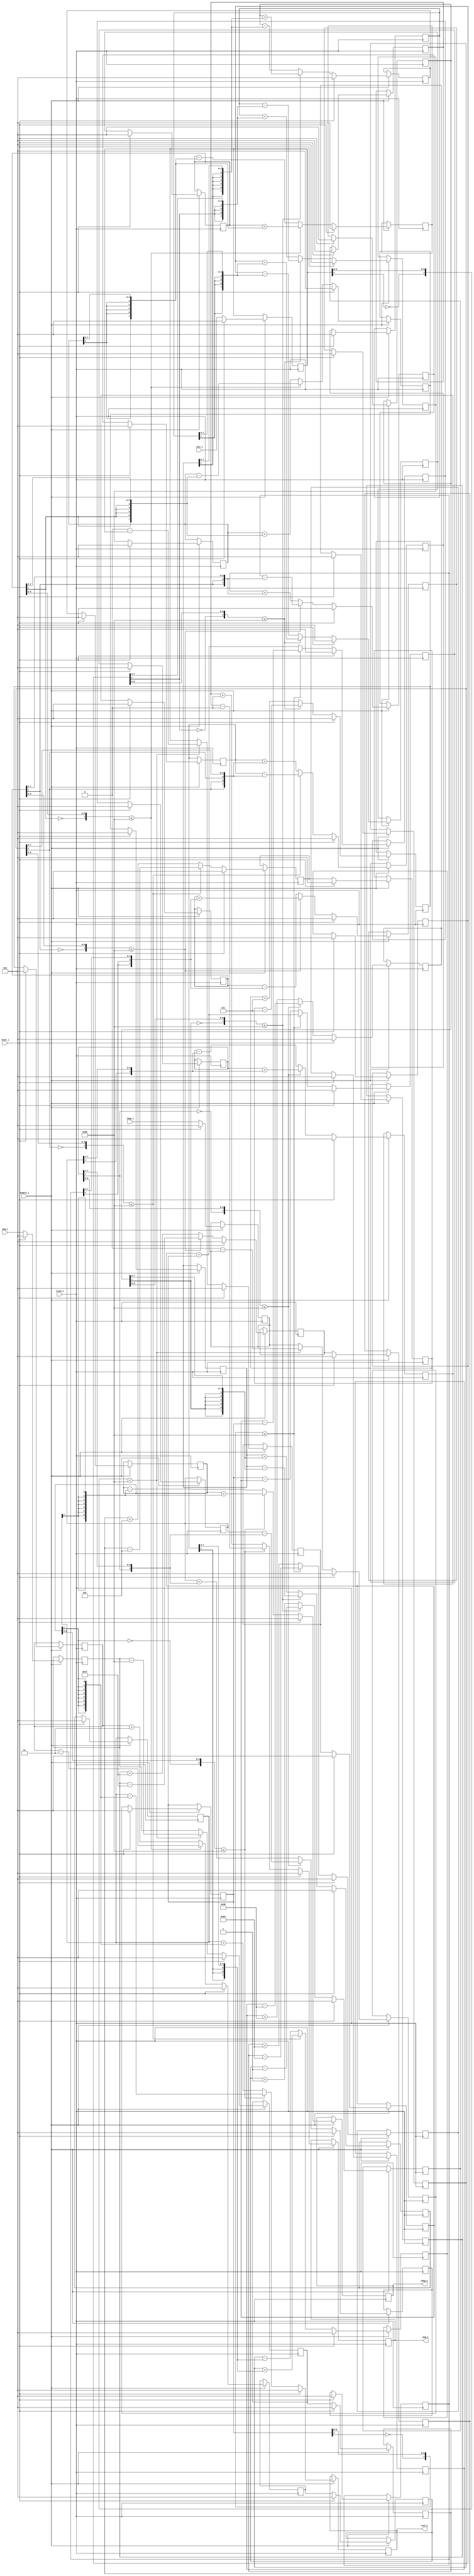
// This program was cloned from: https://github.com/haojunliu/OpenFPGA
// License: BSD 2-Clause "Simplified" License

//
//  Copyright (c) 2003 Launchbird Design Systems, Inc.
//  All rights reserved.
//  
//  Redistribution and use in source and binary forms, with or without modification, are permitted provided that the following conditions are met:
//    Redistributions of source code must retain the above copyright notice, this list of conditions and the following disclaimer.
//    Redistributions in binary form must reproduce the above copyright notice, this list of conditions and the following disclaimer in the documentation and/or other materials provided with the distribution.
//  
//  THIS SOFTWARE IS PROVIDED BY THE COPYRIGHT HOLDERS AND CONTRIBUTORS "AS IS" AND ANY EXPRESS OR IMPLIED WARRANTIES,
//  INCLUDING, BUT NOT LIMITED TO, THE IMPLIED WARRANTIES OF MERCHANTABILITY AND FITNESS FOR A PARTICULAR PURPOSE ARE DISCLAIMED.
//  IN NO EVENT SHALL THE COPYRIGHT OWNER OR CONTRIBUTORS BE LIABLE FOR ANY DIRECT, INDIRECT, INCIDENTAL, SPECIAL, EXEMPLARY,
//  OR CONSEQUENTIAL DAMAGES (INCLUDING, BUT NOT LIMITED TO, PROCUREMENT OF SUBSTITUTE GOODS OR SERVICES; LOSS OF USE, DATA, OR PROFITS;
//  OR BUSINESS INTERRUPTION) HOWEVER CAUSED AND ON ANY THEORY OF LIABILITY, WHETHER IN CONTRACT, STRICT LIABILITY, OR TORT
//  (INCLUDING NEGLIGENCE OR OTHERWISE) ARISING IN ANY WAY OUT OF THE USE OF THIS SOFTWARE, EVEN IF ADVISED OF THE POSSIBILITY OF SUCH DAMAGE.
//  
//  
//  Overview:
//  
//    Cordics (COordinate Rotation DIgital Computers) are used to calculate
//    trigonometric functions and complex plane phase rotations.
//    This vector mode cordic rotates any complex vector to the positive real axis.
//    The resulting angle is the initial angle plus the angle of rotation.
//  
//  Interface:
//  
//    Synchronization:
//      clock_c  : Clock input.
//      enable_i : Synchronous enable.
//      reset_i  : Synchronous reset.
//  
//    Inputs:
//      real_i   : Initial real component (signed).
//      imag_i   : Initial imaginary component (signed).
//      angle_i  : Initial angle (modulo 2PI).
//  
//    Outputs:
//      real_o   : Resulting real component (signed).
//      imag_o   : Resulting imaginary component (signed).
//      angle_o  : Resulting angle (modulo 2PI).
//  
//  Built In Parameters:
//  
//    Cordic Mode    = Vector
//    Vector Width   = 8
//    Angle Width    = 8
//    Cordic Stages  = 8
//  
//  Resulting Pipeline Latency is 10 clock cycles.
//  
//  
//  
//  Generated by Confluence 0.3.0  --  Launchbird Design Systems, Inc.  --  www.launchbird.com
//  
//  Interface
//  
//    Build Name    : cf_cordic_v_8_8_8
//    Clock Domains : clock_c  
//    Input  : enable_i(1)
//    Input  : reset_i(1)
//    Input  : real_i(8)
//    Input  : imag_i(8)
//    Input  : ang_i(8)
//    Output : real_o(8)
//    Output : imag_o(8)
//    Output : ang_o(8)
//  
//  
//  

module cf_cordic_v_8_8_8 (clock_c, enable_i, reset_i, real_i, imag_i, ang_i, real_o, imag_o, ang_o);
input  clock_c;
input  enable_i;
input  reset_i;
input  [7:0] real_i;
input  [7:0] imag_i;
input  [7:0] ang_i;
output [7:0] real_o;
output [7:0] imag_o;
output [7:0] ang_o;
wire   [7:0] n6;
wire   n8;
wire   n21;
wire   [1:0] n22;
wire   [2:0] n23;
wire   [3:0] n24;
wire   [4:0] n25;
wire   [5:0] n26;
wire   [6:0] n27;
wire   [7:0] n28;
wire   n29;
wire   n30;
wire   [6:0] n31;
wire   [7:0] n32;
wire   n33;
wire   n34;
wire   [6:0] n35;
wire   [7:0] n36;
wire   n37;
wire   [7:0] n38;
wire   [7:0] n39;
wire   n40;
wire   n41;
wire   [1:0] n42;
wire   [2:0] n43;
wire   [3:0] n44;
wire   [4:0] n45;
wire   [5:0] n46;
wire   [6:0] n47;
wire   [7:0] n48;
wire   [7:0] n49;
wire   [7:0] n50;
wire   [7:0] n55;
wire   [7:0] n60;
wire   n77;
wire   [1:0] n78;
wire   [2:0] n79;
wire   [3:0] n80;
wire   [4:0] n81;
wire   [5:0] n82;
wire   [6:0] n83;
wire   [7:0] n84;
wire   n85;
wire   n86;
wire   [6:0] n87;
wire   [7:0] n88;
wire   n89;
wire   n90;
wire   [6:0] n91;
wire   [7:0] n92;
wire   n93;
wire   n94;
wire   [7:0] n96;
wire   [7:0] n97;
wire   [7:0] n98;
wire   [7:0] n99;
wire   [7:0] n100;
wire   n105;
wire   [7:0] n107;
wire   [7:0] n108;
wire   [7:0] n109;
wire   [7:0] n110;
wire   [7:0] n111;
wire   [7:0] n116;
wire   [7:0] n117;
wire   [7:0] n118;
wire   [7:0] n119;
wire   n136;
wire   [1:0] n137;
wire   [2:0] n138;
wire   [3:0] n139;
wire   [4:0] n140;
wire   [5:0] n141;
wire   [6:0] n142;
wire   [7:0] n143;
wire   n144;
wire   n145;
wire   [6:0] n146;
wire   [7:0] n147;
wire   n148;
wire   n149;
wire   [6:0] n150;
wire   [7:0] n151;
wire   n152;
wire   n153;
wire   n154;
wire   n155;
wire   [6:0] n156;
wire   [7:0] n157;
wire   [7:0] n158;
wire   [7:0] n159;
wire   [7:0] n160;
wire   n165;
wire   n166;
wire   n167;
wire   [6:0] n168;
wire   [7:0] n169;
wire   [7:0] n170;
wire   [7:0] n171;
wire   [7:0] n172;
wire   [7:0] n177;
wire   [7:0] n178;
wire   [7:0] n179;
wire   [7:0] n180;
wire   n197;
wire   [1:0] n198;
wire   [2:0] n199;
wire   [3:0] n200;
wire   [4:0] n201;
wire   [5:0] n202;
wire   [6:0] n203;
wire   [7:0] n204;
wire   n205;
wire   n206;
wire   [6:0] n207;
wire   [7:0] n208;
wire   n209;
wire   n210;
wire   [6:0] n211;
wire   [7:0] n212;
wire   n213;
wire   n214;
wire   n215;
wire   n216;
wire   [1:0] n217;
wire   [5:0] n218;
wire   [7:0] n219;
wire   [7:0] n220;
wire   [7:0] n221;
wire   [7:0] n222;
wire   n227;
wire   n228;
wire   n229;
wire   [1:0] n230;
wire   [5:0] n231;
wire   [7:0] n232;
wire   [7:0] n233;
wire   [7:0] n234;
wire   [7:0] n235;
wire   [7:0] n240;
wire   [7:0] n241;
wire   [7:0] n242;
wire   [7:0] n243;
wire   n260;
wire   [1:0] n261;
wire   [2:0] n262;
wire   [3:0] n263;
wire   [4:0] n264;
wire   [5:0] n265;
wire   [6:0] n266;
wire   [7:0] n267;
wire   n268;
wire   n269;
wire   [6:0] n270;
wire   [7:0] n271;
wire   n272;
wire   n273;
wire   [6:0] n274;
wire   [7:0] n275;
wire   n276;
wire   n277;
wire   n278;
wire   n279;
wire   [1:0] n280;
wire   [2:0] n281;
wire   [4:0] n282;
wire   [7:0] n283;
wire   [7:0] n284;
wire   [7:0] n285;
wire   [7:0] n286;
wire   n291;
wire   n292;
wire   n293;
wire   [1:0] n294;
wire   [2:0] n295;
wire   [4:0] n296;
wire   [7:0] n297;
wire   [7:0] n298;
wire   [7:0] n299;
wire   [7:0] n300;
wire   [7:0] n305;
wire   [7:0] n306;
wire   [7:0] n307;
wire   [7:0] n308;
wire   n325;
wire   [1:0] n326;
wire   [2:0] n327;
wire   [3:0] n328;
wire   [4:0] n329;
wire   [5:0] n330;
wire   [6:0] n331;
wire   [7:0] n332;
wire   n333;
wire   n334;
wire   [6:0] n335;
wire   [7:0] n336;
wire   n337;
wire   n338;
wire   [6:0] n339;
wire   [7:0] n340;
wire   n341;
wire   n342;
wire   n343;
wire   n344;
wire   [1:0] n345;
wire   [2:0] n346;
wire   [3:0] n347;
wire   [3:0] n348;
wire   [7:0] n349;
wire   [7:0] n350;
wire   [7:0] n351;
wire   [7:0] n352;
wire   n357;
wire   n358;
wire   n359;
wire   [1:0] n360;
wire   [2:0] n361;
wire   [3:0] n362;
wire   [3:0] n363;
wire   [7:0] n364;
wire   [7:0] n365;
wire   [7:0] n366;
wire   [7:0] n367;
wire   [7:0] n372;
wire   [7:0] n373;
wire   [7:0] n374;
wire   [7:0] n375;
wire   n392;
wire   [1:0] n393;
wire   [2:0] n394;
wire   [3:0] n395;
wire   [4:0] n396;
wire   [5:0] n397;
wire   [6:0] n398;
wire   [7:0] n399;
wire   n400;
wire   n401;
wire   [6:0] n402;
wire   [7:0] n403;
wire   n404;
wire   n405;
wire   [6:0] n406;
wire   [7:0] n407;
wire   n408;
wire   n409;
wire   n410;
wire   n411;
wire   [1:0] n412;
wire   [2:0] n413;
wire   [3:0] n414;
wire   [4:0] n415;
wire   [2:0] n416;
wire   [7:0] n417;
wire   [7:0] n418;
wire   [7:0] n419;
wire   [7:0] n420;
wire   n425;
wire   n426;
wire   n427;
wire   [1:0] n428;
wire   [2:0] n429;
wire   [3:0] n430;
wire   [4:0] n431;
wire   [2:0] n432;
wire   [7:0] n433;
wire   [7:0] n434;
wire   [7:0] n435;
wire   [7:0] n436;
wire   [7:0] n441;
wire   [7:0] n442;
wire   [7:0] n443;
wire   [7:0] n444;
wire   n461;
wire   [1:0] n462;
wire   [2:0] n463;
wire   [3:0] n464;
wire   [4:0] n465;
wire   [5:0] n466;
wire   [6:0] n467;
wire   [7:0] n468;
wire   n469;
wire   n470;
wire   [6:0] n471;
wire   [7:0] n472;
wire   n473;
wire   n474;
wire   [6:0] n475;
wire   [7:0] n476;
wire   n477;
wire   n478;
wire   n479;
wire   n480;
wire   [1:0] n481;
wire   [2:0] n482;
wire   [3:0] n483;
wire   [4:0] n484;
wire   [5:0] n485;
wire   [1:0] n486;
wire   [7:0] n487;
wire   [7:0] n488;
wire   [7:0] n489;
wire   [7:0] n490;
wire   n495;
wire   n496;
wire   n497;
wire   [1:0] n498;
wire   [2:0] n499;
wire   [3:0] n500;
wire   [4:0] n501;
wire   [5:0] n502;
wire   [1:0] n503;
wire   [7:0] n504;
wire   [7:0] n505;
wire   [7:0] n506;
wire   [7:0] n507;
wire   [7:0] n512;
wire   [7:0] n513;
wire   [7:0] n514;
wire   [7:0] n515;
wire   n532;
wire   [1:0] n533;
wire   [2:0] n534;
wire   [3:0] n535;
wire   [4:0] n536;
wire   [5:0] n537;
wire   [6:0] n538;
wire   [7:0] n539;
wire   n540;
wire   n541;
wire   [6:0] n542;
wire   [7:0] n543;
wire   n544;
wire   n545;
wire   [6:0] n546;
wire   [7:0] n547;
wire   n548;
wire   n549;
wire   n550;
wire   n551;
wire   [1:0] n552;
wire   [2:0] n553;
wire   [3:0] n554;
wire   [4:0] n555;
wire   [5:0] n556;
wire   [6:0] n557;
wire   n558;
wire   [7:0] n559;
wire   [7:0] n560;
wire   [7:0] n561;
wire   [7:0] n562;
wire   n567;
wire   n568;
wire   n569;
wire   [1:0] n570;
wire   [2:0] n571;
wire   [3:0] n572;
wire   [4:0] n573;
wire   [5:0] n574;
wire   [6:0] n575;
wire   n576;
wire   [7:0] n577;
wire   [7:0] n578;
wire   [7:0] n579;
wire   [7:0] n580;
wire   [7:0] n585;
wire   [7:0] n586;
wire   [7:0] n587;
wire   n595;
wire   n596;
wire   n597;
wire   n598;
reg    [7:0] n11;
reg    [7:0] n15;
reg    [7:0] n19;
reg    [7:0] n54;
reg    [7:0] n59;
reg    [7:0] n64;
reg    [7:0] n68;
reg    [7:0] n72;
reg    [7:0] n76;
reg    [7:0] n104;
reg    [7:0] n115;
reg    [7:0] n123;
reg    [7:0] n127;
reg    [7:0] n131;
reg    [7:0] n135;
reg    [7:0] n164;
reg    [7:0] n176;
reg    [7:0] n184;
reg    [7:0] n188;
reg    [7:0] n192;
reg    [7:0] n196;
reg    [7:0] n226;
reg    [7:0] n239;
reg    [7:0] n247;
reg    [7:0] n251;
reg    [7:0] n255;
reg    [7:0] n259;
reg    [7:0] n290;
reg    [7:0] n304;
reg    [7:0] n312;
reg    [7:0] n316;
reg    [7:0] n320;
reg    [7:0] n324;
reg    [7:0] n356;
reg    [7:0] n371;
reg    [7:0] n379;
reg    [7:0] n383;
reg    [7:0] n387;
reg    [7:0] n391;
reg    [7:0] n424;
reg    [7:0] n440;
reg    [7:0] n448;
reg    [7:0] n452;
reg    [7:0] n456;
reg    [7:0] n460;
reg    [7:0] n494;
reg    [7:0] n511;
reg    [7:0] n519;
reg    [7:0] n523;
reg    [7:0] n527;
reg    [7:0] n531;
reg    [7:0] n566;
reg    [7:0] n584;
reg    [7:0] n591;
assign n6 = 8'b00000000;
assign n8 = 1'b0;
assign n21 = n8;
assign n22 = {n8, n21};
assign n23 = {n8, n22};
assign n24 = {n8, n23};
assign n25 = {n8, n24};
assign n26 = {n8, n25};
assign n27 = {n8, n26};
assign n28 = {n8, n27};
assign n29 = n11[7];
assign n30 = ~n29;
assign n31 = {n11[6],
  n11[5],
  n11[4],
  n11[3],
  n11[2],
  n11[1],
  n11[0]};
assign n32 = {n30, n31};
assign n33 = n28[7];
assign n34 = ~n33;
assign n35 = {n28[6],
  n28[5],
  n28[4],
  n28[3],
  n28[2],
  n28[1],
  n28[0]};
assign n36 = {n34, n35};
assign n37 = n32 < n36;
assign n38 = 8'b00000000 - n11;
assign n39 = 8'b00000000 - n15;
assign n40 = 1'b1;
assign n41 = n8;
assign n42 = {n8, n41};
assign n43 = {n8, n42};
assign n44 = {n8, n43};
assign n45 = {n8, n44};
assign n46 = {n8, n45};
assign n47 = {n8, n46};
assign n48 = {n40, n47};
assign n49 = n19 - n48;
assign n50 =
  n37 == 1'b0 ? n11 :
  n38;
assign n55 =
  n37 == 1'b0 ? n15 :
  n39;
assign n60 =
  n37 == 1'b0 ? n19 :
  n49;
assign n77 = n8;
assign n78 = {n8, n77};
assign n79 = {n8, n78};
assign n80 = {n8, n79};
assign n81 = {n8, n80};
assign n82 = {n8, n81};
assign n83 = {n8, n82};
assign n84 = {n8, n83};
assign n85 = n72[7];
assign n86 = ~n85;
assign n87 = {n72[6],
  n72[5],
  n72[4],
  n72[3],
  n72[2],
  n72[1],
  n72[0]};
assign n88 = {n86, n87};
assign n89 = n84[7];
assign n90 = ~n89;
assign n91 = {n84[6],
  n84[5],
  n84[4],
  n84[3],
  n84[2],
  n84[1],
  n84[0]};
assign n92 = {n90, n91};
assign n93 = n88 <= n92;
assign n94 = ~n93;
assign n96 = {n72[7],
  n72[6],
  n72[5],
  n72[4],
  n72[3],
  n72[2],
  n72[1],
  n72[0]};
assign n97 = n96;
assign n98 = n68 - n97;
assign n99 = n68 + n97;
assign n100 =
  n94 == 1'b0 ? n98 :
  n99;
assign n105 = ~n94;
assign n107 = {n68[7],
  n68[6],
  n68[5],
  n68[4],
  n68[3],
  n68[2],
  n68[1],
  n68[0]};
assign n108 = n107;
assign n109 = n72 - n108;
assign n110 = n72 + n108;
assign n111 =
  n105 == 1'b0 ? n109 :
  n110;
assign n116 = 8'b01100100;
assign n117 = n76 - n116;
assign n118 = n76 + n116;
assign n119 =
  n94 == 1'b0 ? n117 :
  n118;
assign n136 = n8;
assign n137 = {n8, n136};
assign n138 = {n8, n137};
assign n139 = {n8, n138};
assign n140 = {n8, n139};
assign n141 = {n8, n140};
assign n142 = {n8, n141};
assign n143 = {n8, n142};
assign n144 = n131[7];
assign n145 = ~n144;
assign n146 = {n131[6],
  n131[5],
  n131[4],
  n131[3],
  n131[2],
  n131[1],
  n131[0]};
assign n147 = {n145, n146};
assign n148 = n143[7];
assign n149 = ~n148;
assign n150 = {n143[6],
  n143[5],
  n143[4],
  n143[3],
  n143[2],
  n143[1],
  n143[0]};
assign n151 = {n149, n150};
assign n152 = n147 <= n151;
assign n153 = ~n152;
assign n154 = n131[7];
assign n155 = n154;
assign n156 = {n131[7],
  n131[6],
  n131[5],
  n131[4],
  n131[3],
  n131[2],
  n131[1]};
assign n157 = {n155, n156};
assign n158 = n127 - n157;
assign n159 = n127 + n157;
assign n160 =
  n153 == 1'b0 ? n158 :
  n159;
assign n165 = ~n153;
assign n166 = n127[7];
assign n167 = n166;
assign n168 = {n127[7],
  n127[6],
  n127[5],
  n127[4],
  n127[3],
  n127[2],
  n127[1]};
assign n169 = {n167, n168};
assign n170 = n131 - n169;
assign n171 = n131 + n169;
assign n172 =
  n165 == 1'b0 ? n170 :
  n171;
assign n177 = 8'b00111011;
assign n178 = n135 - n177;
assign n179 = n135 + n177;
assign n180 =
  n153 == 1'b0 ? n178 :
  n179;
assign n197 = n8;
assign n198 = {n8, n197};
assign n199 = {n8, n198};
assign n200 = {n8, n199};
assign n201 = {n8, n200};
assign n202 = {n8, n201};
assign n203 = {n8, n202};
assign n204 = {n8, n203};
assign n205 = n192[7];
assign n206 = ~n205;
assign n207 = {n192[6],
  n192[5],
  n192[4],
  n192[3],
  n192[2],
  n192[1],
  n192[0]};
assign n208 = {n206, n207};
assign n209 = n204[7];
assign n210 = ~n209;
assign n211 = {n204[6],
  n204[5],
  n204[4],
  n204[3],
  n204[2],
  n204[1],
  n204[0]};
assign n212 = {n210, n211};
assign n213 = n208 <= n212;
assign n214 = ~n213;
assign n215 = n192[7];
assign n216 = n215;
assign n217 = {n215, n216};
assign n218 = {n192[7],
  n192[6],
  n192[5],
  n192[4],
  n192[3],
  n192[2]};
assign n219 = {n217, n218};
assign n220 = n188 - n219;
assign n221 = n188 + n219;
assign n222 =
  n214 == 1'b0 ? n220 :
  n221;
assign n227 = ~n214;
assign n228 = n188[7];
assign n229 = n228;
assign n230 = {n228, n229};
assign n231 = {n188[7],
  n188[6],
  n188[5],
  n188[4],
  n188[3],
  n188[2]};
assign n232 = {n230, n231};
assign n233 = n192 - n232;
assign n234 = n192 + n232;
assign n235 =
  n227 == 1'b0 ? n233 :
  n234;
assign n240 = 8'b00011111;
assign n241 = n196 - n240;
assign n242 = n196 + n240;
assign n243 =
  n214 == 1'b0 ? n241 :
  n242;
assign n260 = n8;
assign n261 = {n8, n260};
assign n262 = {n8, n261};
assign n263 = {n8, n262};
assign n264 = {n8, n263};
assign n265 = {n8, n264};
assign n266 = {n8, n265};
assign n267 = {n8, n266};
assign n268 = n255[7];
assign n269 = ~n268;
assign n270 = {n255[6],
  n255[5],
  n255[4],
  n255[3],
  n255[2],
  n255[1],
  n255[0]};
assign n271 = {n269, n270};
assign n272 = n267[7];
assign n273 = ~n272;
assign n274 = {n267[6],
  n267[5],
  n267[4],
  n267[3],
  n267[2],
  n267[1],
  n267[0]};
assign n275 = {n273, n274};
assign n276 = n271 <= n275;
assign n277 = ~n276;
assign n278 = n255[7];
assign n279 = n278;
assign n280 = {n278, n279};
assign n281 = {n278, n280};
assign n282 = {n255[7],
  n255[6],
  n255[5],
  n255[4],
  n255[3]};
assign n283 = {n281, n282};
assign n284 = n251 - n283;
assign n285 = n251 + n283;
assign n286 =
  n277 == 1'b0 ? n284 :
  n285;
assign n291 = ~n277;
assign n292 = n251[7];
assign n293 = n292;
assign n294 = {n292, n293};
assign n295 = {n292, n294};
assign n296 = {n251[7],
  n251[6],
  n251[5],
  n251[4],
  n251[3]};
assign n297 = {n295, n296};
assign n298 = n255 - n297;
assign n299 = n255 + n297;
assign n300 =
  n291 == 1'b0 ? n298 :
  n299;
assign n305 = 8'b00001111;
assign n306 = n259 - n305;
assign n307 = n259 + n305;
assign n308 =
  n277 == 1'b0 ? n306 :
  n307;
assign n325 = n8;
assign n326 = {n8, n325};
assign n327 = {n8, n326};
assign n328 = {n8, n327};
assign n329 = {n8, n328};
assign n330 = {n8, n329};
assign n331 = {n8, n330};
assign n332 = {n8, n331};
assign n333 = n320[7];
assign n334 = ~n333;
assign n335 = {n320[6],
  n320[5],
  n320[4],
  n320[3],
  n320[2],
  n320[1],
  n320[0]};
assign n336 = {n334, n335};
assign n337 = n332[7];
assign n338 = ~n337;
assign n339 = {n332[6],
  n332[5],
  n332[4],
  n332[3],
  n332[2],
  n332[1],
  n332[0]};
assign n340 = {n338, n339};
assign n341 = n336 <= n340;
assign n342 = ~n341;
assign n343 = n320[7];
assign n344 = n343;
assign n345 = {n343, n344};
assign n346 = {n343, n345};
assign n347 = {n343, n346};
assign n348 = {n320[7],
  n320[6],
  n320[5],
  n320[4]};
assign n349 = {n347, n348};
assign n350 = n316 - n349;
assign n351 = n316 + n349;
assign n352 =
  n342 == 1'b0 ? n350 :
  n351;
assign n357 = ~n342;
assign n358 = n316[7];
assign n359 = n358;
assign n360 = {n358, n359};
assign n361 = {n358, n360};
assign n362 = {n358, n361};
assign n363 = {n316[7],
  n316[6],
  n316[5],
  n316[4]};
assign n364 = {n362, n363};
assign n365 = n320 - n364;
assign n366 = n320 + n364;
assign n367 =
  n357 == 1'b0 ? n365 :
  n366;
assign n372 = 8'b00000111;
assign n373 = n324 - n372;
assign n374 = n324 + n372;
assign n375 =
  n342 == 1'b0 ? n373 :
  n374;
assign n392 = n8;
assign n393 = {n8, n392};
assign n394 = {n8, n393};
assign n395 = {n8, n394};
assign n396 = {n8, n395};
assign n397 = {n8, n396};
assign n398 = {n8, n397};
assign n399 = {n8, n398};
assign n400 = n387[7];
assign n401 = ~n400;
assign n402 = {n387[6],
  n387[5],
  n387[4],
  n387[3],
  n387[2],
  n387[1],
  n387[0]};
assign n403 = {n401, n402};
assign n404 = n399[7];
assign n405 = ~n404;
assign n406 = {n399[6],
  n399[5],
  n399[4],
  n399[3],
  n399[2],
  n399[1],
  n399[0]};
assign n407 = {n405, n406};
assign n408 = n403 <= n407;
assign n409 = ~n408;
assign n410 = n387[7];
assign n411 = n410;
assign n412 = {n410, n411};
assign n413 = {n410, n412};
assign n414 = {n410, n413};
assign n415 = {n410, n414};
assign n416 = {n387[7],
  n387[6],
  n387[5]};
assign n417 = {n415, n416};
assign n418 = n383 - n417;
assign n419 = n383 + n417;
assign n420 =
  n409 == 1'b0 ? n418 :
  n419;
assign n425 = ~n409;
assign n426 = n383[7];
assign n427 = n426;
assign n428 = {n426, n427};
assign n429 = {n426, n428};
assign n430 = {n426, n429};
assign n431 = {n426, n430};
assign n432 = {n383[7],
  n383[6],
  n383[5]};
assign n433 = {n431, n432};
assign n434 = n387 - n433;
assign n435 = n387 + n433;
assign n436 =
  n425 == 1'b0 ? n434 :
  n435;
assign n441 = 8'b00000011;
assign n442 = n391 - n441;
assign n443 = n391 + n441;
assign n444 =
  n409 == 1'b0 ? n442 :
  n443;
assign n461 = n8;
assign n462 = {n8, n461};
assign n463 = {n8, n462};
assign n464 = {n8, n463};
assign n465 = {n8, n464};
assign n466 = {n8, n465};
assign n467 = {n8, n466};
assign n468 = {n8, n467};
assign n469 = n456[7];
assign n470 = ~n469;
assign n471 = {n456[6],
  n456[5],
  n456[4],
  n456[3],
  n456[2],
  n456[1],
  n456[0]};
assign n472 = {n470, n471};
assign n473 = n468[7];
assign n474 = ~n473;
assign n475 = {n468[6],
  n468[5],
  n468[4],
  n468[3],
  n468[2],
  n468[1],
  n468[0]};
assign n476 = {n474, n475};
assign n477 = n472 <= n476;
assign n478 = ~n477;
assign n479 = n456[7];
assign n480 = n479;
assign n481 = {n479, n480};
assign n482 = {n479, n481};
assign n483 = {n479, n482};
assign n484 = {n479, n483};
assign n485 = {n479, n484};
assign n486 = {n456[7],
  n456[6]};
assign n487 = {n485, n486};
assign n488 = n452 - n487;
assign n489 = n452 + n487;
assign n490 =
  n478 == 1'b0 ? n488 :
  n489;
assign n495 = ~n478;
assign n496 = n452[7];
assign n497 = n496;
assign n498 = {n496, n497};
assign n499 = {n496, n498};
assign n500 = {n496, n499};
assign n501 = {n496, n500};
assign n502 = {n496, n501};
assign n503 = {n452[7],
  n452[6]};
assign n504 = {n502, n503};
assign n505 = n456 - n504;
assign n506 = n456 + n504;
assign n507 =
  n495 == 1'b0 ? n505 :
  n506;
assign n512 = 8'b00000001;
assign n513 = n460 - n512;
assign n514 = n460 + n512;
assign n515 =
  n478 == 1'b0 ? n513 :
  n514;
assign n532 = n8;
assign n533 = {n8, n532};
assign n534 = {n8, n533};
assign n535 = {n8, n534};
assign n536 = {n8, n535};
assign n537 = {n8, n536};
assign n538 = {n8, n537};
assign n539 = {n8, n538};
assign n540 = n527[7];
assign n541 = ~n540;
assign n542 = {n527[6],
  n527[5],
  n527[4],
  n527[3],
  n527[2],
  n527[1],
  n527[0]};
assign n543 = {n541, n542};
assign n544 = n539[7];
assign n545 = ~n544;
assign n546 = {n539[6],
  n539[5],
  n539[4],
  n539[3],
  n539[2],
  n539[1],
  n539[0]};
assign n547 = {n545, n546};
assign n548 = n543 <= n547;
assign n549 = ~n548;
assign n550 = n527[7];
assign n551 = n550;
assign n552 = {n550, n551};
assign n553 = {n550, n552};
assign n554 = {n550, n553};
assign n555 = {n550, n554};
assign n556 = {n550, n555};
assign n557 = {n550, n556};
assign n558 = n527[7];
assign n559 = {n557, n558};
assign n560 = n523 - n559;
assign n561 = n523 + n559;
assign n562 =
  n549 == 1'b0 ? n560 :
  n561;
assign n567 = ~n549;
assign n568 = n523[7];
assign n569 = n568;
assign n570 = {n568, n569};
assign n571 = {n568, n570};
assign n572 = {n568, n571};
assign n573 = {n568, n572};
assign n574 = {n568, n573};
assign n575 = {n568, n574};
assign n576 = n523[7];
assign n577 = {n575, n576};
assign n578 = n527 - n577;
assign n579 = n527 + n577;
assign n580 =
  n567 == 1'b0 ? n578 :
  n579;
assign n585 = n531 - n6;
assign n586 = n531 + n6;
assign n587 =
  n549 == 1'b0 ? n585 :
  n586;
assign real_o = n566;
assign imag_o = n584;
assign ang_o = n591;
assign n595 = enable_i & n40;
assign n596 = n8 | n595;
assign n597 = n40 & n596;
assign n598 = reset_i | n8;
always @ (posedge clock_c)
begin
  if (n597 == 1'b1)
    if (n598 == 1'b1)
      n11 <= 8'b00000000;
    else
      n11 <= real_i;
  if (n597 == 1'b1)
    if (n598 == 1'b1)
      n15 <= 8'b00000000;
    else
      n15 <= imag_i;
  if (n597 == 1'b1)
    if (n598 == 1'b1)
      n19 <= 8'b00000000;
    else
      n19 <= ang_i;
  if (n597 == 1'b1)
    if (n598 == 1'b1)
      n54 <= 8'b00000000;
    else
      n54 <= n50;
  if (n597 == 1'b1)
    if (n598 == 1'b1)
      n59 <= 8'b00000000;
    else
      n59 <= n55;
  if (n597 == 1'b1)
    if (n598 == 1'b1)
      n64 <= 8'b00000000;
    else
      n64 <= n60;
  if (n597 == 1'b1)
    if (n598 == 1'b1)
      n68 <= 8'b00000000;
    else
      n68 <= n54;
  if (n597 == 1'b1)
    if (n598 == 1'b1)
      n72 <= 8'b00000000;
    else
      n72 <= n59;
  if (n597 == 1'b1)
    if (n598 == 1'b1)
      n76 <= 8'b00000000;
    else
      n76 <= n64;
  if (n597 == 1'b1)
    if (n598 == 1'b1)
      n104 <= 8'b00000000;
    else
      n104 <= n100;
  if (n597 == 1'b1)
    if (n598 == 1'b1)
      n115 <= 8'b00000000;
    else
      n115 <= n111;
  if (n597 == 1'b1)
    if (n598 == 1'b1)
      n123 <= 8'b00000000;
    else
      n123 <= n119;
  if (n597 == 1'b1)
    if (n598 == 1'b1)
      n127 <= 8'b00000000;
    else
      n127 <= n104;
  if (n597 == 1'b1)
    if (n598 == 1'b1)
      n131 <= 8'b00000000;
    else
      n131 <= n115;
  if (n597 == 1'b1)
    if (n598 == 1'b1)
      n135 <= 8'b00000000;
    else
      n135 <= n123;
  if (n597 == 1'b1)
    if (n598 == 1'b1)
      n164 <= 8'b00000000;
    else
      n164 <= n160;
  if (n597 == 1'b1)
    if (n598 == 1'b1)
      n176 <= 8'b00000000;
    else
      n176 <= n172;
  if (n597 == 1'b1)
    if (n598 == 1'b1)
      n184 <= 8'b00000000;
    else
      n184 <= n180;
  if (n597 == 1'b1)
    if (n598 == 1'b1)
      n188 <= 8'b00000000;
    else
      n188 <= n164;
  if (n597 == 1'b1)
    if (n598 == 1'b1)
      n192 <= 8'b00000000;
    else
      n192 <= n176;
  if (n597 == 1'b1)
    if (n598 == 1'b1)
      n196 <= 8'b00000000;
    else
      n196 <= n184;
  if (n597 == 1'b1)
    if (n598 == 1'b1)
      n226 <= 8'b00000000;
    else
      n226 <= n222;
  if (n597 == 1'b1)
    if (n598 == 1'b1)
      n239 <= 8'b00000000;
    else
      n239 <= n235;
  if (n597 == 1'b1)
    if (n598 == 1'b1)
      n247 <= 8'b00000000;
    else
      n247 <= n243;
  if (n597 == 1'b1)
    if (n598 == 1'b1)
      n251 <= 8'b00000000;
    else
      n251 <= n226;
  if (n597 == 1'b1)
    if (n598 == 1'b1)
      n255 <= 8'b00000000;
    else
      n255 <= n239;
  if (n597 == 1'b1)
    if (n598 == 1'b1)
      n259 <= 8'b00000000;
    else
      n259 <= n247;
  if (n597 == 1'b1)
    if (n598 == 1'b1)
      n290 <= 8'b00000000;
    else
      n290 <= n286;
  if (n597 == 1'b1)
    if (n598 == 1'b1)
      n304 <= 8'b00000000;
    else
      n304 <= n300;
  if (n597 == 1'b1)
    if (n598 == 1'b1)
      n312 <= 8'b00000000;
    else
      n312 <= n308;
  if (n597 == 1'b1)
    if (n598 == 1'b1)
      n316 <= 8'b00000000;
    else
      n316 <= n290;
  if (n597 == 1'b1)
    if (n598 == 1'b1)
      n320 <= 8'b00000000;
    else
      n320 <= n304;
  if (n597 == 1'b1)
    if (n598 == 1'b1)
      n324 <= 8'b00000000;
    else
      n324 <= n312;
  if (n597 == 1'b1)
    if (n598 == 1'b1)
      n356 <= 8'b00000000;
    else
      n356 <= n352;
  if (n597 == 1'b1)
    if (n598 == 1'b1)
      n371 <= 8'b00000000;
    else
      n371 <= n367;
  if (n597 == 1'b1)
    if (n598 == 1'b1)
      n379 <= 8'b00000000;
    else
      n379 <= n375;
  if (n597 == 1'b1)
    if (n598 == 1'b1)
      n383 <= 8'b00000000;
    else
      n383 <= n356;
  if (n597 == 1'b1)
    if (n598 == 1'b1)
      n387 <= 8'b00000000;
    else
      n387 <= n371;
  if (n597 == 1'b1)
    if (n598 == 1'b1)
      n391 <= 8'b00000000;
    else
      n391 <= n379;
  if (n597 == 1'b1)
    if (n598 == 1'b1)
      n424 <= 8'b00000000;
    else
      n424 <= n420;
  if (n597 == 1'b1)
    if (n598 == 1'b1)
      n440 <= 8'b00000000;
    else
      n440 <= n436;
  if (n597 == 1'b1)
    if (n598 == 1'b1)
      n448 <= 8'b00000000;
    else
      n448 <= n444;
  if (n597 == 1'b1)
    if (n598 == 1'b1)
      n452 <= 8'b00000000;
    else
      n452 <= n424;
  if (n597 == 1'b1)
    if (n598 == 1'b1)
      n456 <= 8'b00000000;
    else
      n456 <= n440;
  if (n597 == 1'b1)
    if (n598 == 1'b1)
      n460 <= 8'b00000000;
    else
      n460 <= n448;
  if (n597 == 1'b1)
    if (n598 == 1'b1)
      n494 <= 8'b00000000;
    else
      n494 <= n490;
  if (n597 == 1'b1)
    if (n598 == 1'b1)
      n511 <= 8'b00000000;
    else
      n511 <= n507;
  if (n597 == 1'b1)
    if (n598 == 1'b1)
      n519 <= 8'b00000000;
    else
      n519 <= n515;
  if (n597 == 1'b1)
    if (n598 == 1'b1)
      n523 <= 8'b00000000;
    else
      n523 <= n494;
  if (n597 == 1'b1)
    if (n598 == 1'b1)
      n527 <= 8'b00000000;
    else
      n527 <= n511;
  if (n597 == 1'b1)
    if (n598 == 1'b1)
      n531 <= 8'b00000000;
    else
      n531 <= n519;
  if (n597 == 1'b1)
    if (n598 == 1'b1)
      n566 <= 8'b00000000;
    else
      n566 <= n562;
  if (n597 == 1'b1)
    if (n598 == 1'b1)
      n584 <= 8'b00000000;
    else
      n584 <= n580;
  if (n597 == 1'b1)
    if (n598 == 1'b1)
      n591 <= 8'b00000000;
    else
      n591 <= n587;
end
endmodule